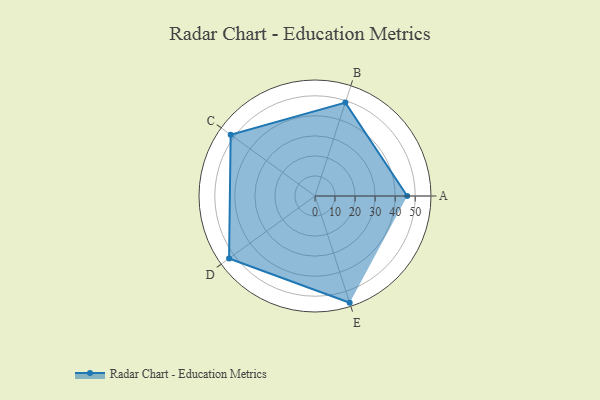
{"axis": {"x": "Skill", "y": "Score"}, "legend": ["Profile"], "data": [{"x": "A", "y": 46.0, "type": "Profile"}, {"x": "B", "y": 49.0, "type": "Profile"}, {"x": "C", "y": 52.0, "type": "Profile"}, {"x": "D", "y": 53.0, "type": "Profile"}, {"x": "E", "y": 56.0, "type": "Profile"}]}